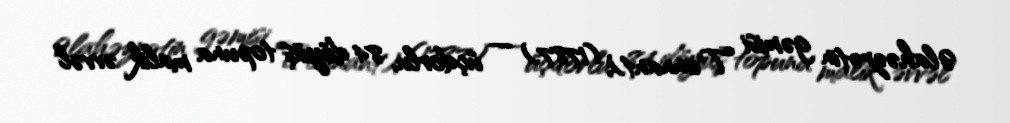
Əlahəzrətin gəmisi Tonnant), (1787) — üçdorlu, 84 döyüş topuna malik əvvəl